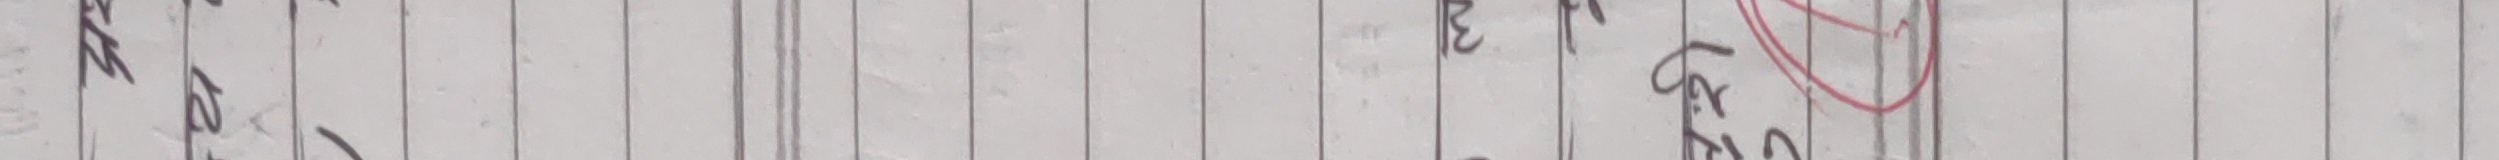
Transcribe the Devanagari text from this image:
प्रिस ३